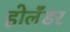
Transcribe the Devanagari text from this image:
होलॅंडर